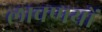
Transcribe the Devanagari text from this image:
लावणयों